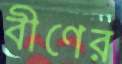
বীণের